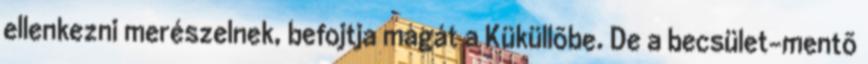
ellenkezni merészelnek, befojtja magát a Küküllõbe. De a becsület-mentõ